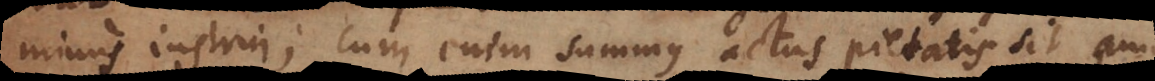
minus instrui; cum enim summus actus pietatis sit amor